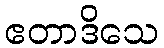
ဧတာဒိသေ